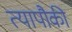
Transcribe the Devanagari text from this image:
त्यापौकी